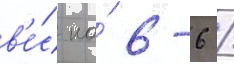
в'е́с на́ 6-6 /